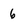
Character: 6